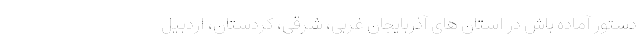
دستور آماده باش در استان های آذربایجان غربی، شرقی، کردستان، اردبیل